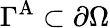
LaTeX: \Gamma^{\mathrm{A}}\subset\partial\Omega